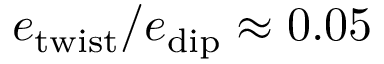
e _ { \mathrm { t w i s t } } / e _ { \mathrm { d i p } } \approx 0 . 0 5